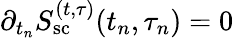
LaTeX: {\partial_{t_{n}}S_{\mathrm{sc}}^{(t,\tau)}(t_{n},\tau_{n})}=0